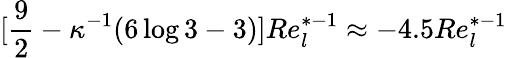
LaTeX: [\frac{9}{2}-\kappa^{-1}(6\log 3-3)]Re_{l}^{*-1}\approx-4.5Re_{l}^{*-1}